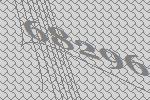
68296